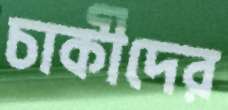
চাকীদের